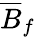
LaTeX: \overline{{B}}_{f}